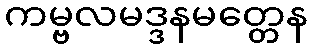
ကမ္ဗလမဒ္ဒနမတ္တေန